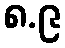
၈.၉